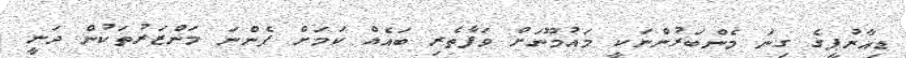
ޑިއާރުޕީގެ ގިނަ މެންބަރުންނަކީ މައުމޫނަށް ވަފާތެރި ބައެއް ކަމަށް ފެންނަ މަންޒަރުތަކުން ދަނީ